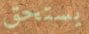
يستحق